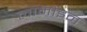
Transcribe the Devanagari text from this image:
लामोइन